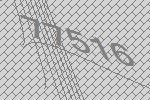
77516